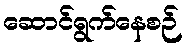
ဆောင်ရွက်နေစဉ်